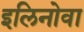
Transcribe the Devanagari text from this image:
इलिनोवा